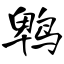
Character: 鹎